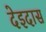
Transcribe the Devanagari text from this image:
देइदास